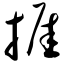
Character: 捱